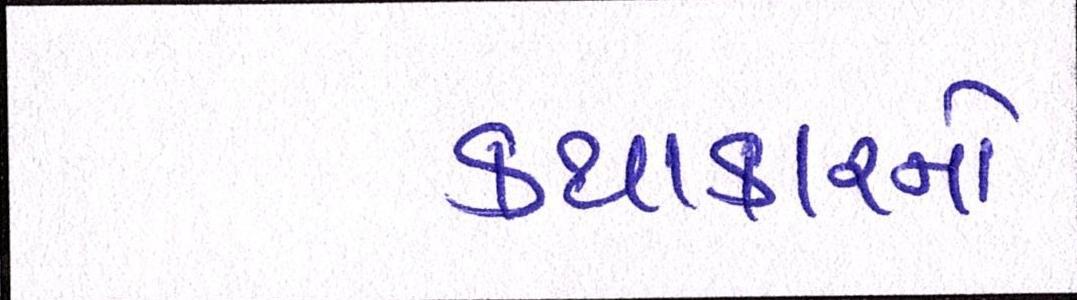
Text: કથાકારનો